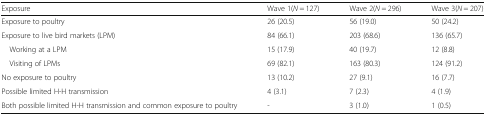
| Exposure | Wave 1(N = 127) | Wave 2(N = 296) | Wave 3(N = 207) |
 | --- | --- | --- | --- |
 | Exposure to poultry | 26 (20.5) | 56 (19.0) | 50 (24.2) |
 | Exposure to live bird markets (LPM) | 84 (66.1) | 203 (68.6) | 136 (65.7) |
 | Working at a LPM | 15 (17.9) | 40 (19.7) | 12 (8.8) |
 | Visiting of LPMs | 69 (82.1) | 163 (80.3) | 124 (91.2) |
 | No exposure to poultry | 13 (10.2) | 27 (9.1) | 16 (7.7) |
 | Possible limited H-H transmission | 4 (3.1) | 7 (2.3) | 4 (1.9) |
 | Both possible limited H-H transmission and common exposure to poultry | - | 3 (1.0) | 1 (0.5) |